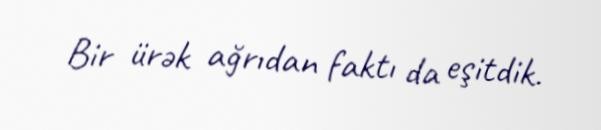
Bir ürək ağrıdan faktı da eşitdik.